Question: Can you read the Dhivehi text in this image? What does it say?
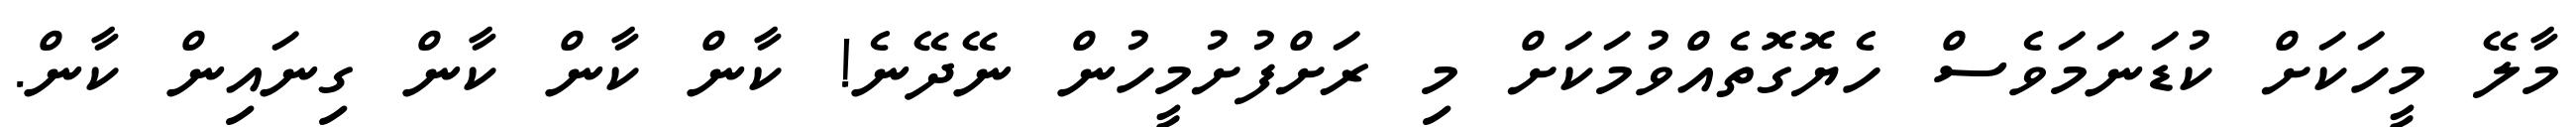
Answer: މާލޭ މީހަކަށް ކުޑަނަމަވެސް ހެޔޮގޮތެއްވުމަކަށް މި ރަށްފުށުމީހުން ނޭދޭނެ! ކާން ކާން ކާން ގިނައިން ކާން.